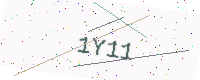
Text: 1Y11